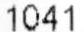
1041